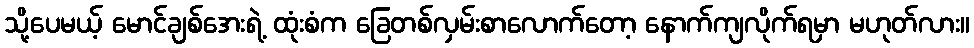
သို့ပေမယ့် မောင်ချစ်အေးရဲ့ ထုံးစံက ခြေတစ်လှမ်းစာလောက်တော့ နောက်ကျလိုက်ရမှာ မဟုတ်လား။